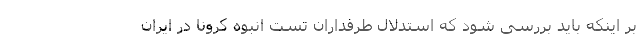
بر اینکه باید بررسی شود که استدلال طرفداران تست انبوه کرونا در ایران